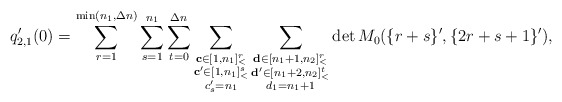
\begin{align*}q_{2,1}'(0)=\sum\limits_{r=1}^{\min(n_1,\Delta n)}\sum\limits_{s=1}^{n_1}\sum\limits_{t=0}^{\Delta n}\sum\limits_{\substack{\mathbf{c}\in [1,n_1]_<^r\\\mathbf{c'}\in [1,n_1]_<^s\\c'_s=n_1}}\sum\limits_{\substack{\mathbf{d}\in [n_1+1,n_2]_<^r\\\mathbf{d'}\in [n_1+2,n_2]_<^t\\d_1=n_1+1}}\det M_0(\{r+s\}',\{2r+s+1\}'),\end{align*}